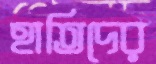
হাতিদের